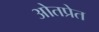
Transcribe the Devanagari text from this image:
ओतप्रेत